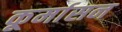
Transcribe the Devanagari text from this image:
कूर्मासन